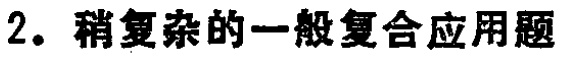
2. 稍复杂的一般复合应用题